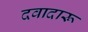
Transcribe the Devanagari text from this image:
दवादारू